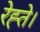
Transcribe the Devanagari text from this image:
रेह्ते।